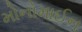
મોનોમાઈન